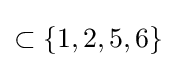
{\textstyle \subset \{1,2,5,6\}}